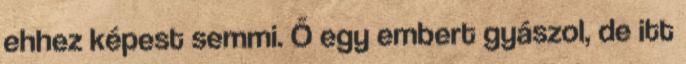
ehhez képest semmi. Ő egy embert gyászol, de itt